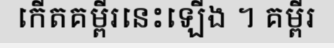
កើតគម្ពីរនេះឡើង ។ គម្ពីរ